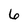
Character: 6